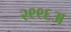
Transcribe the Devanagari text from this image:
२९९६अ